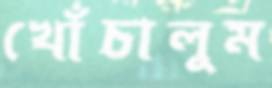
খোঁচালুম